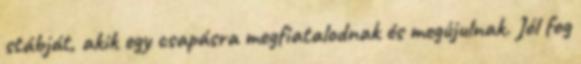
stábját, akik egy csapásra megfiatalodnak és megújulnak. Jól fog